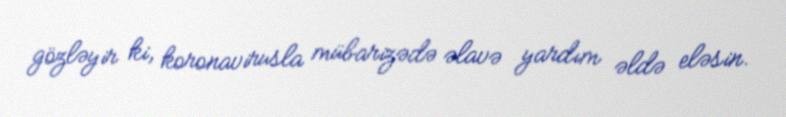
gözləyir ki, koronavirusla mübarizədə əlavə yardım əldə eləsin.